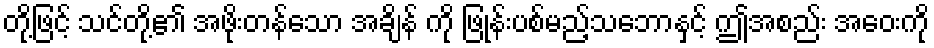
တို့ဖြင့် သင်တို့၏ အဖိုးတန်သော အချိန် ကို ဖြုန်းပစ်မည့်သဘောနှင့် ဤအစည်း အဝေးကို